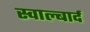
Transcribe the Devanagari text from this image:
स्वाल्बार्द